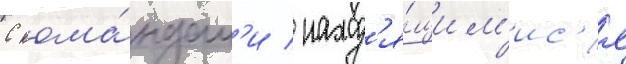
С кома́ндам'и / наход'я́щим'ис'я